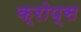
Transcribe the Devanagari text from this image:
क्रोप्स